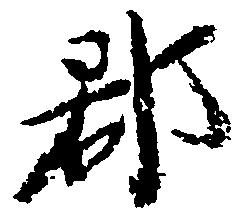
郡